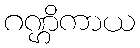
ဂဏ္ဌိကာယ